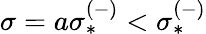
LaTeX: \sigma=a\sigma_{*}^{(-)}<\sigma_{*}^{(-)}